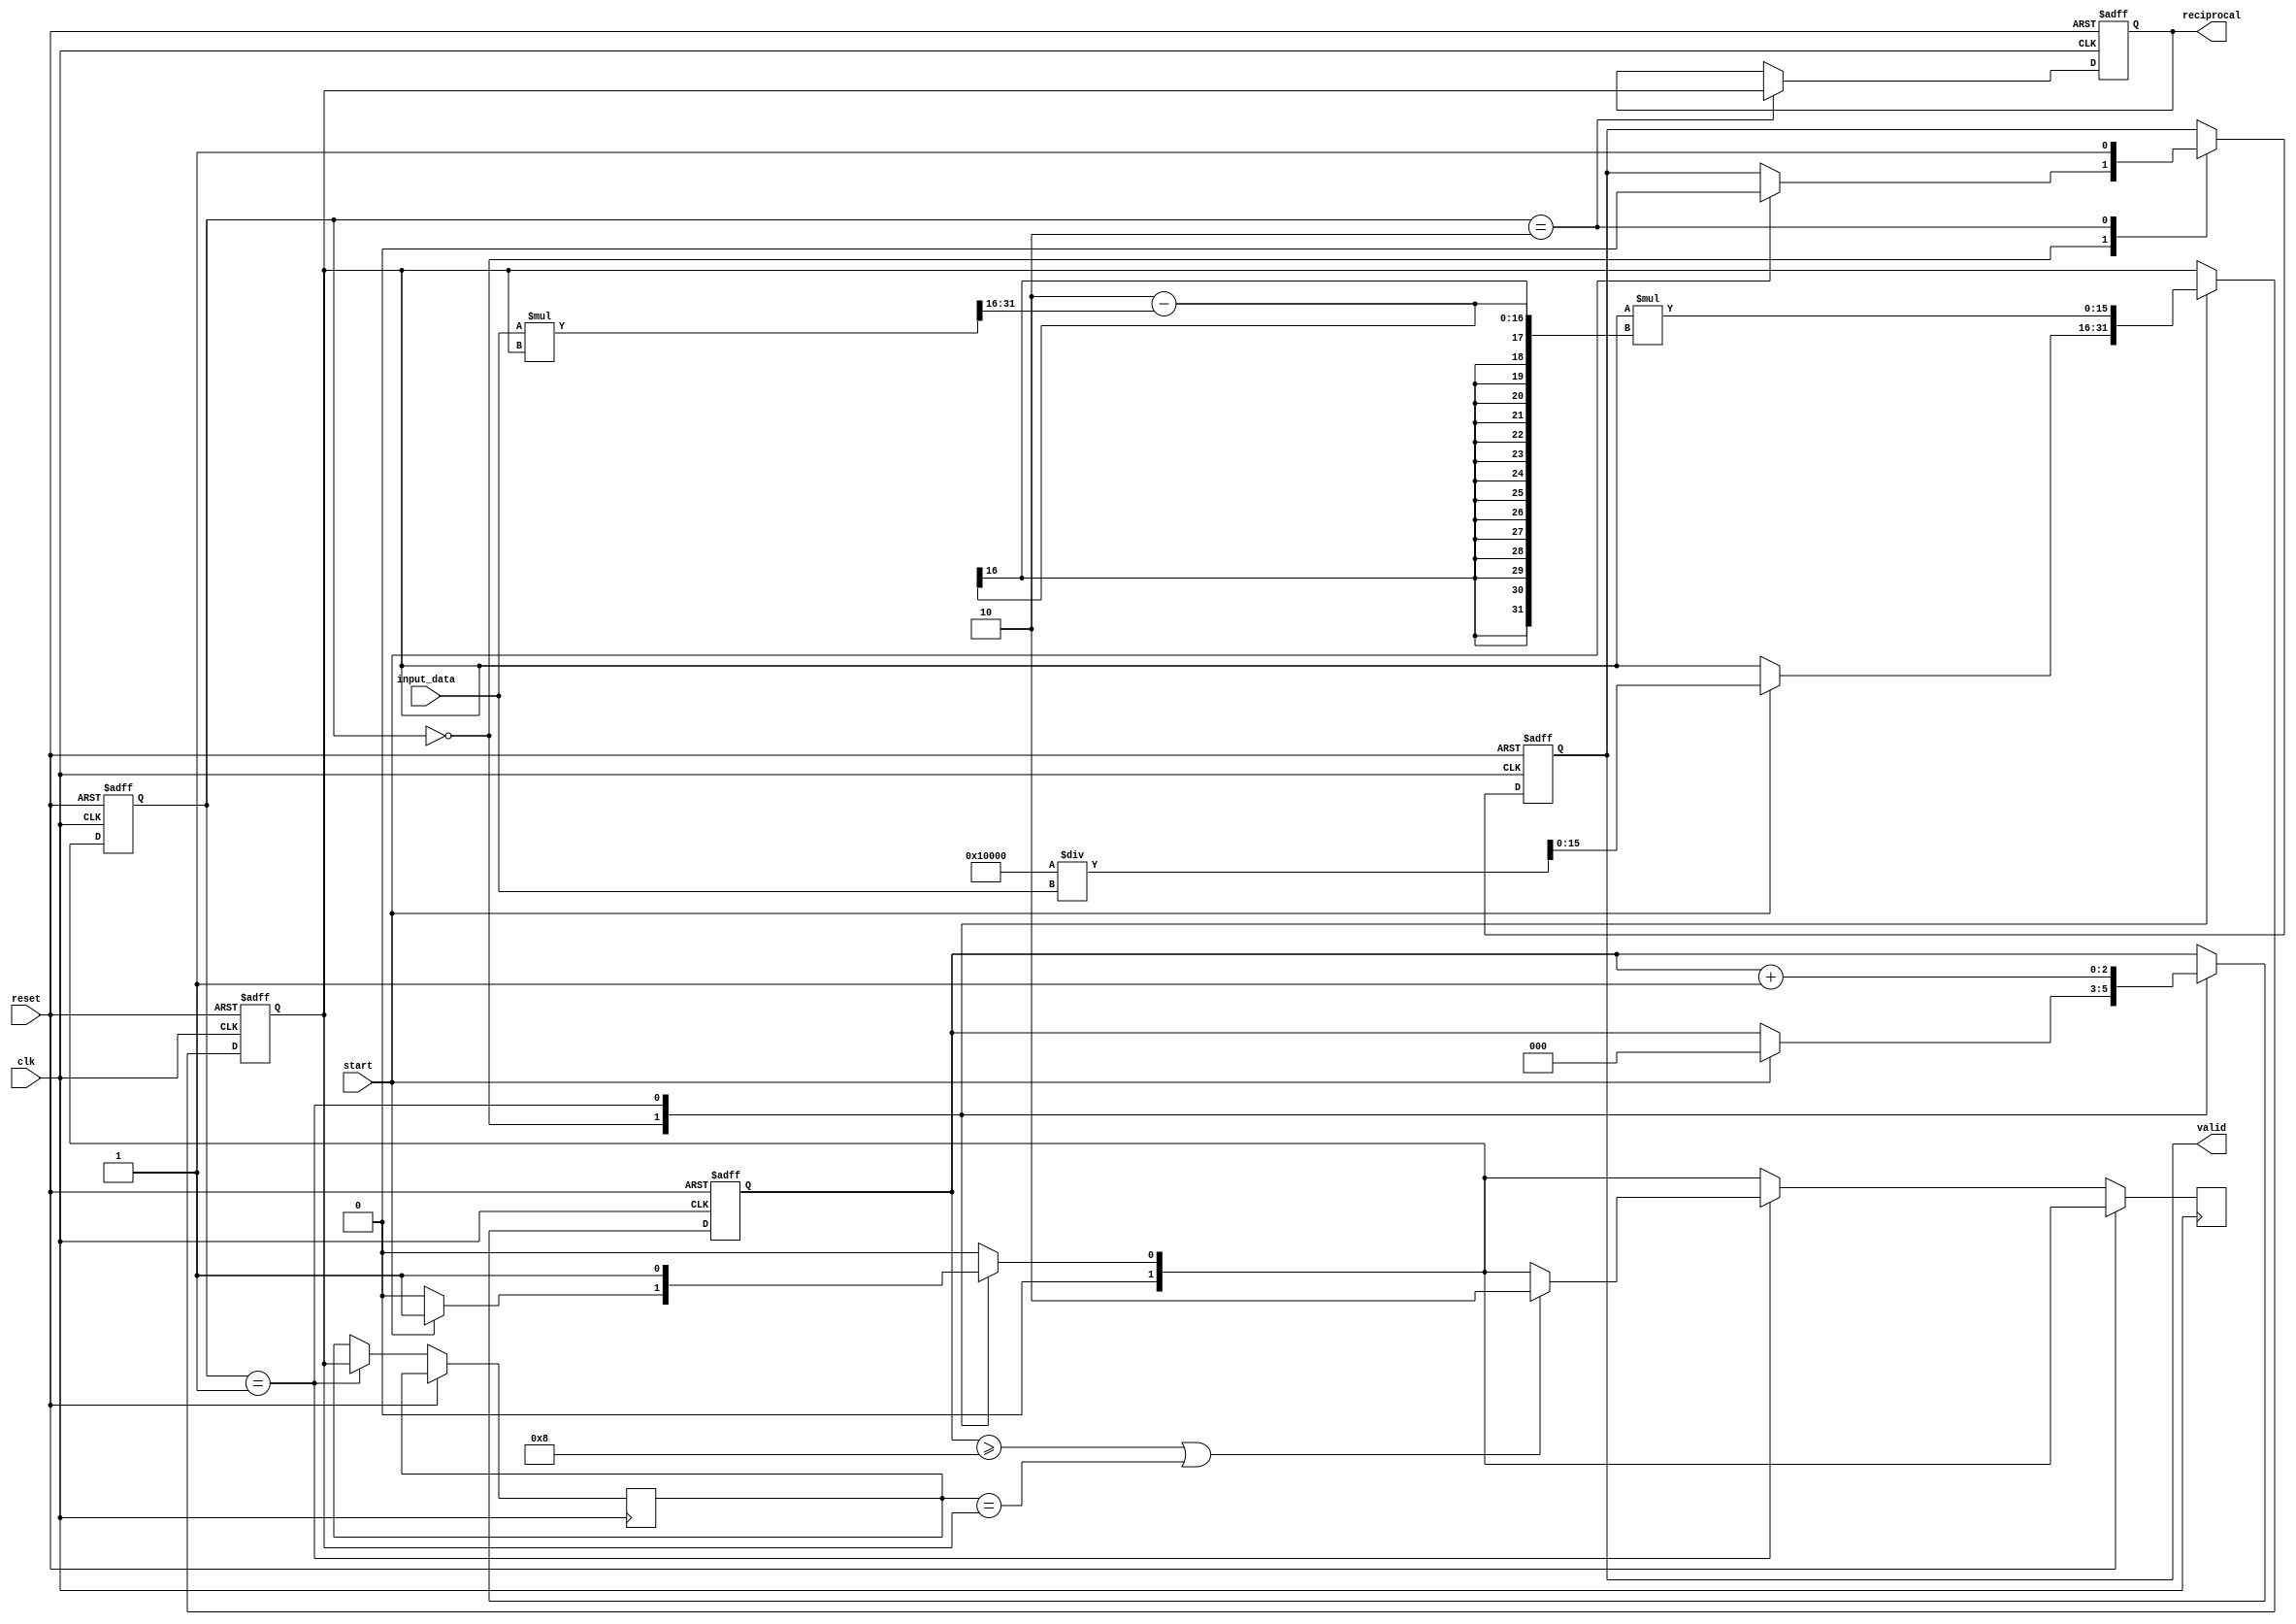
module iterative_reciprocal #(
    parameter PRECISION = 16,          // Bit-width for fixed-point representation
    parameter MAX_ITERATIONS = 8       // Maximum iterations for convergence
)(
    input wire [PRECISION-1:0] input_data, // Fixed-point input data
    input wire start,                      // Start signal
    input wire clk,                        // Clock signal
    input wire reset,                      // Reset signal
    output reg [PRECISION-1:0] reciprocal, // Calculated reciprocal
    output reg valid                       // Output valid signal
);

    // State Encoding
    localparam IDLE        = 2'b00;
    localparam COMPUTING   = 2'b01;
    localparam DONE        = 2'b10;

    reg [1:0] state;                       // Current state of the block
    reg [1:0] next_state;                  // Next state
    reg [PRECISION-1:0] approximation;     // Current approximation of the reciprocal
    reg [2:0] iteration_counter;            // Counter for iterations
    reg [PRECISION-1:0] last_approximation; // To check for convergence

    // Initial Guess: 2^N / input_data
    wire [PRECISION-1:0] initial_guess = (1 << PRECISION) / input_data;

    // State Machine
    always @(posedge clk or posedge reset) begin
        if (reset) begin
            state <= IDLE;
            reciprocal <= 0;
            valid <= 0;
            approximation <= 0;
            iteration_counter <= 0;
        end else begin
            state <= next_state;
            case (state)
                IDLE: begin
                    if (start) begin
                        approximation <= initial_guess; // Load initial guess
                        iteration_counter <= 0;          // Reset iteration counter
                        valid <= 0;                      // Clear valid signal
                    end
                end
                COMPUTING: begin
                    last_approximation <= approximation; // Store last approximation
                    // Newton-Raphson update
                    approximation <= approximation * (2 - (input_data * approximation >> PRECISION));
                    iteration_counter <= iteration_counter + 1; // Increment iteration

                    // Check for convergence (simple check)
                    if (iteration_counter >= MAX_ITERATIONS || 
                        (last_approximation == approximation)) begin
                        next_state <= DONE; // Go to done state if converged
                    end
                end
                DONE: begin
                    reciprocal <= approximation; // Finalize reciprocal output
                    valid <= 1;                  // Assert valid signal
                end
            endcase
        end
    end

    // Next State Logic
    always @* begin
        case (state)
            IDLE: begin
                if (start)
                    next_state = COMPUTING;
                else
                    next_state = IDLE;
            end
            COMPUTING: begin
                next_state = COMPUTING; // Stay in computing unless done
            end
            DONE: begin
                next_state = IDLE; // Return to idle after done
            end
            default: next_state = IDLE; // Default to idle
        endcase
    end

endmodule